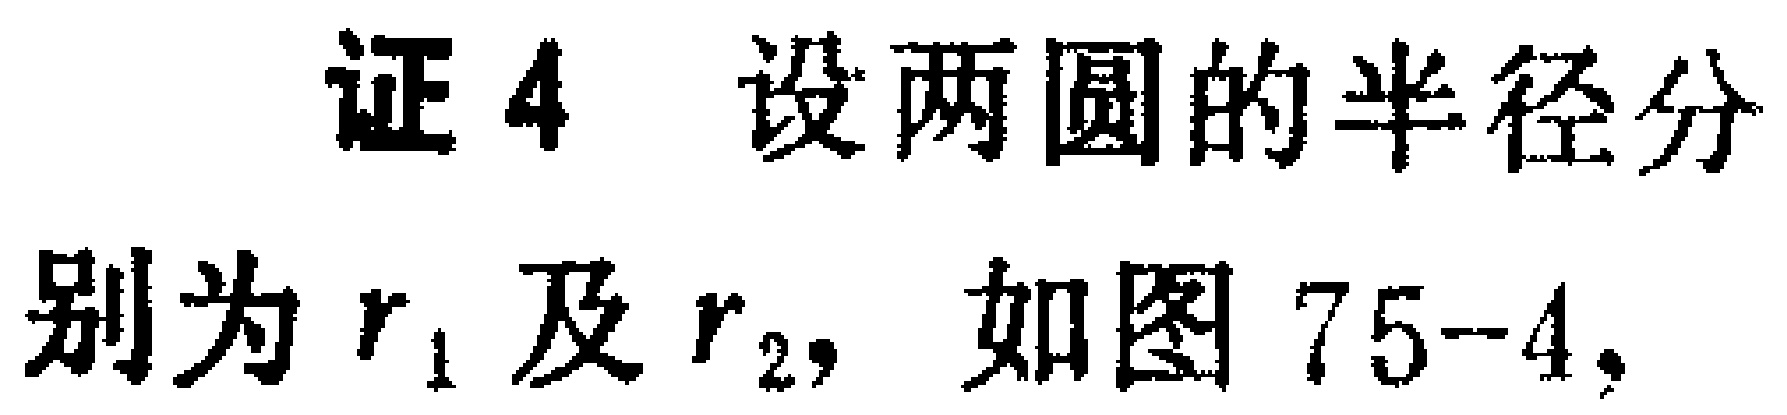
证4 设两圆的半径分别为\(r_1\)及\(r_2\)，如图75 - 4，